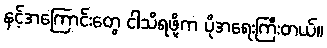
နင့်အကြောင်းတွေ ငါသိရဖို့က ပိုအရေးကြီးတယ်။